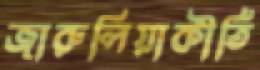
জারুলিয়াকীর্তি